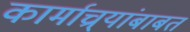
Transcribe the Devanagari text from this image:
कार्माच्र्यांबाबत